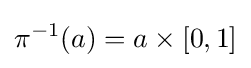
\pi ^{-1}(a)=a\times [0,1]